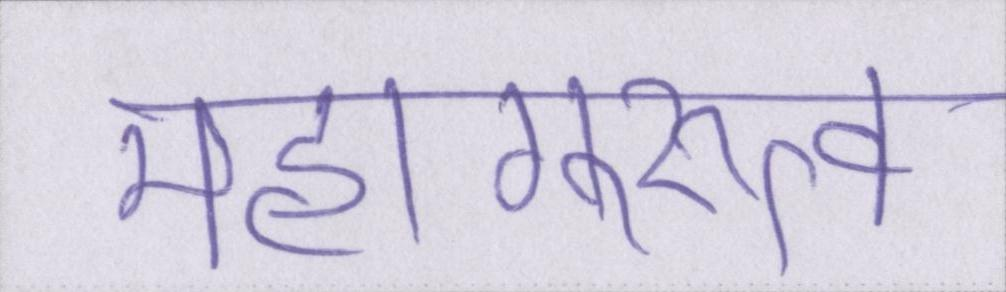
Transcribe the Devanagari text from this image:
महागुरुत्व